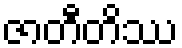
ဇာတီတိဿ